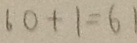
6 0 + 1 = 6 1